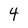
Character: 4